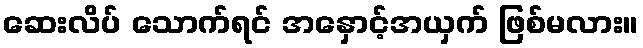
ဆေးလိပ် သောက်ရင် အနှောင့်အယှက် ဖြစ်မလား။